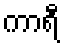
ကာရီ